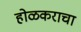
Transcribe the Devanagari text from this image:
होळकराचा